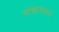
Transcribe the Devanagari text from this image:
शोकेसमध्ये